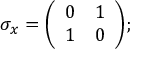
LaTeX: \sigma _ { x } = { \biggl ( } { \begin{array} { l l } { 0 } & { 1 } \\ { 1 } & { 0 } \end{array} } { \biggr ) } ;